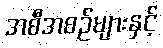
အစီအစဉ်များနှင့်